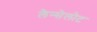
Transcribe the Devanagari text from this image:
लैन्सेलोट